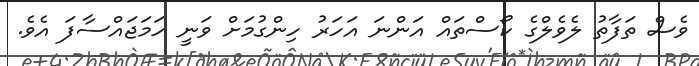
ވެސް ތަފާތު ލެވެލްގެ ކޯސްތައް އަންނަ އަހަރު ހިންގުމަށް ވަނީ ހަމަޖައްސާފަ އެވެ.